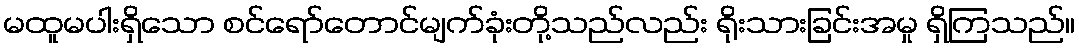
မထူမပါးရှိသော စင်ရော်တောင်မျက်ခုံးတို့သည်လည်း ရိုးသားခြင်းအမှု ရှိကြသည်။